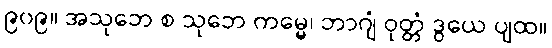
၉၀၉။ အသုဘေ စ သုဘေ ကမ္မေ၊ ဘာဂျံ ဝုတ္တံ ဒွယေ ပျထ။